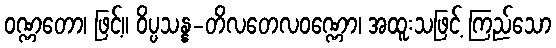
ဝဏ္ဏတော၊ ဖြင့်။ ဝိပ္ပသန္န-တိလတေလဝဏ္ဏော၊ အထူးသဖြင့် ကြည်သော